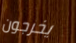
يخرجون